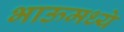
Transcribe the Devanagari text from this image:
भाऊमध्ये